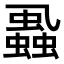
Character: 𧒢